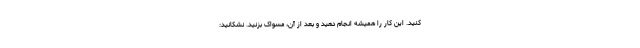
کنید. این کار را همیشه انجام دهید و بعد از آن، مسواک بزنید. نشکانید: